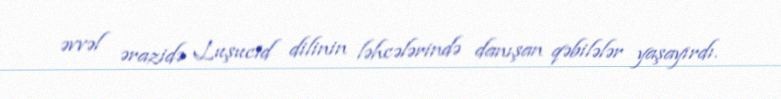
əvvəl ərazidə Luşucid dilinin ləhcələrində danışan qəbilələr yaşayırdı.